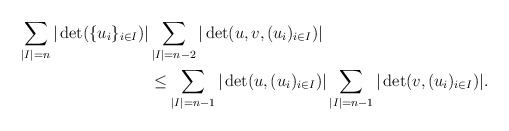
\begin{align*}\sum_{|I|=n}|\det(\{u_i\}_{i\in I})| &\sum_{|I|=n-2}|\det(u,v,(u_i)_{i\in I})|\\& \le \sum_{|I|=n-1}|\det(u,(u_i)_{i\in I})|\sum_{|I|=n-1}|\det(v,(u_i)_{i\in I})|.\end{align*}